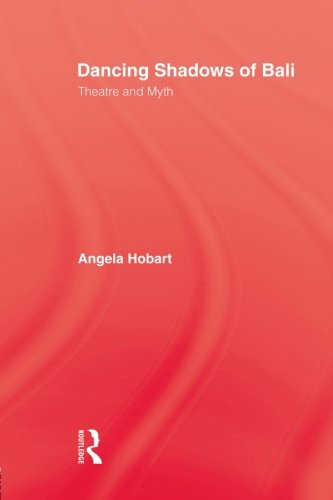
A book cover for Dancing Shadows Of Bali; Hobart; Arts & Photography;